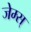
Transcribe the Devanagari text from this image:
जेम्स्